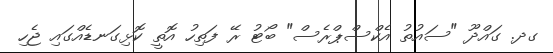
ގދ. ގައްދޫ "ސައުތު އެކްސްޕްރެސް" ބޯޓު ރޭ ފަތިހު އޮތީ ކޮޅިގަނޑެއްގައި ޖެހި